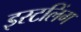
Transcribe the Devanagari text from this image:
इस्टलिंग